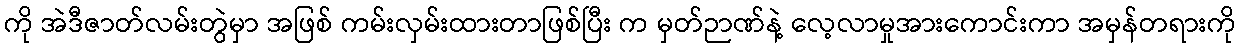
ကို အဲဒီဇာတ်လမ်းတွဲမှာ အဖြစ် ကမ်းလှမ်းထားတာဖြစ်ပြီး က မှတ်ဉာဏ်နဲ့ လေ့လာမှုအားကောင်းကာ အမှန်တရားကို